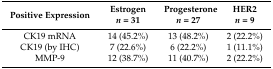
<table><thead><tr><td><b>Positive Expression</b></td><td><b>Estrogen <i>n</i> = 31</b></td><td><b>Progesterone <i>n</i> = 27</b></td><td><b>HER2 <i>n</i> = 9</b></td></tr></thead><tbody><tr><td>CK19 mRNA</td><td>14 (45.2%)</td><td>13 (48.2%)</td><td>2 (22.2%)</td></tr><tr><td>CK19 (by IHC)</td><td>7 (22.6%)</td><td>6 (22.2%)</td><td>1 (11.1%)</td></tr><tr><td>MMP-9</td><td>12 (38.7%)</td><td>11 (40.7%)</td><td>2 (22.2%)</td></tr></tbody></table>